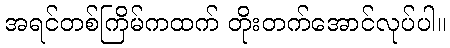
အရင်တစ်ကြိမ်ကထက် တိုးတက်အောင်လုပ်ပါ။